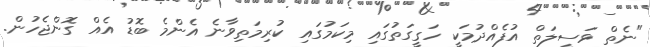
"ނެތް ވަސީލަތް އުފެއްދުމަކީ ހަގީގަތުގައި މިކަމުގައި ކުރިމަތިވާނެ އެންމެ ބޮޑު އެއް ގޮންޖެހުން.